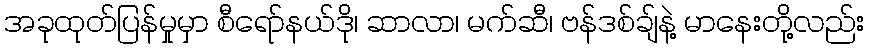
အခုထုတ်ပြန်မှုမှာ စီရော်နယ်ဒို၊ ဆာလာ၊ မက်ဆီ၊ ဗန်ဒစ်ချ်နဲ့ မာနေးတို့လည်း